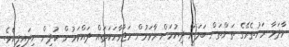
މާދަމާ ރަށުތެރޭގެ ތަންތަން ބަލަން ދިޔުމަށް ރާވަމުން މަޖާވާހަކަތައް ދައްކަމުން ކުދިން ނިދައިފިއެވެ.